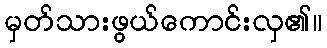
မှတ်သားဖွယ်ကောင်းလှ၏။